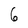
Character: 6